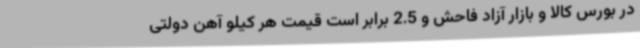
در بورس کالا و بازار آزاد فاحش و 2.5 برابر است قیمت هر کیلو آهن دولتی